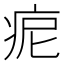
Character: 痆